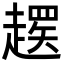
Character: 𬦚